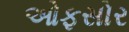
ઓફસોર